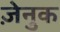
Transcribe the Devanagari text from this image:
ज़ेनुक